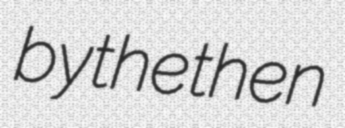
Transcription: by the then